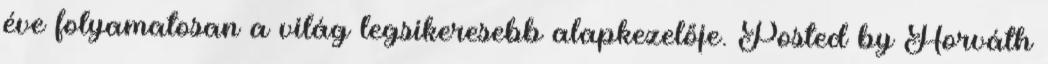
éve folyamatosan a világ legsikeresebb alapkezelője. Posted by Horváth